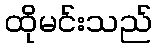
ထိုမင်းသည်